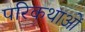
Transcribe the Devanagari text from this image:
परिकथाओं